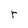
Character: r